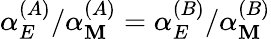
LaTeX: \alpha_{E}^{(A)}/\alpha_{\mathbf{M}}^{(A)}=\alpha_{E}^{(B)}/\alpha_{\mathbf{M}}^{(B)}